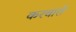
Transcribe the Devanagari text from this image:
करवातें